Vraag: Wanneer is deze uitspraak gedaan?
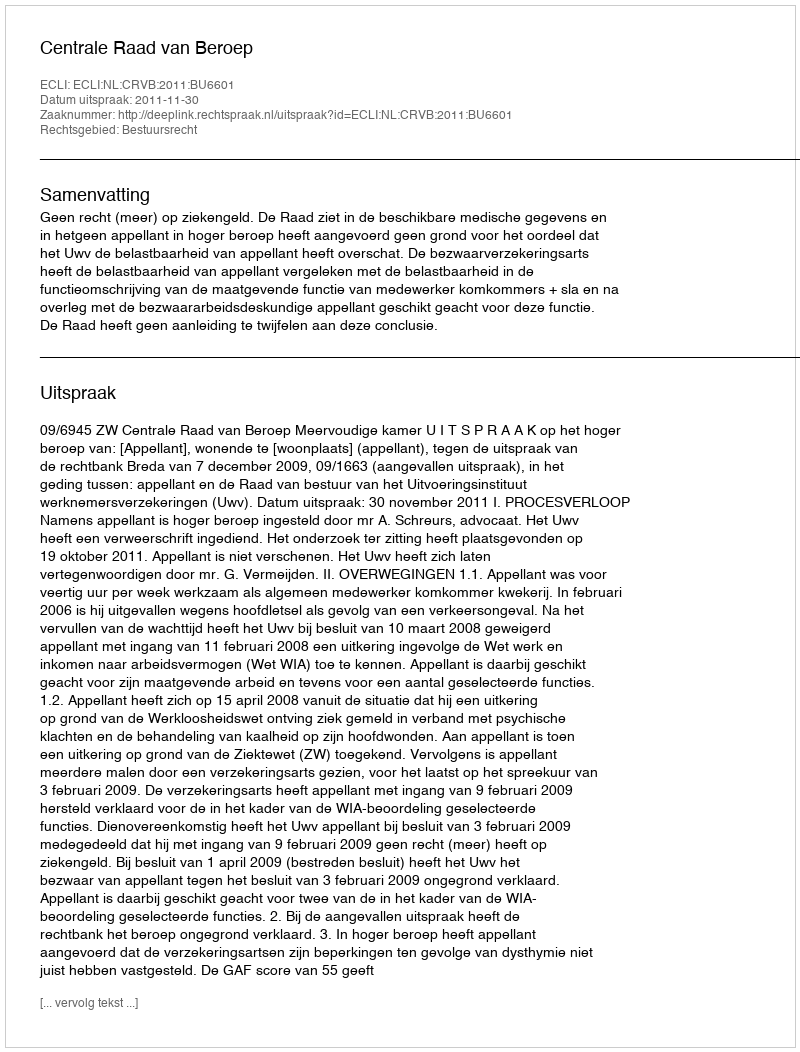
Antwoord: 2011-11-30